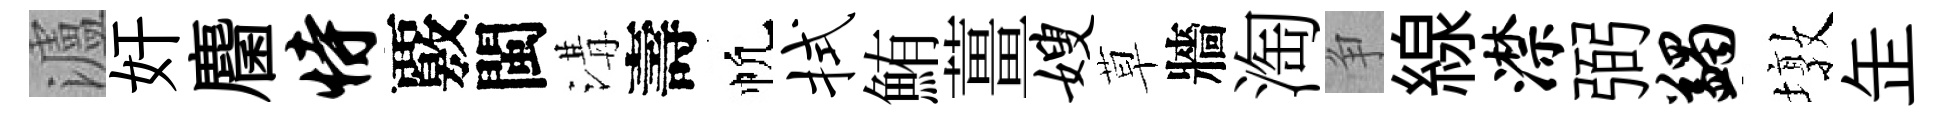
瀘奸麕恃覈閩溝壽帆拭鮪薑嫂草牆淘争線潸弼蠲墩𦈢